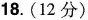
18.(12分)